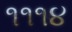
૧૧૧૪